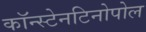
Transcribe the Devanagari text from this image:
कॉन्स्टेनटिनोपोल